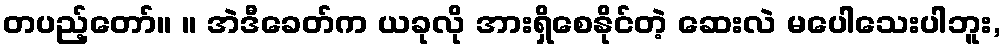
တပည့်တော်။ ။ အဲဒီခေတ်က ယခုလို အားရှိစေနိုင်တဲ့ ဆေးလဲ မပေါသေးပါဘူး,